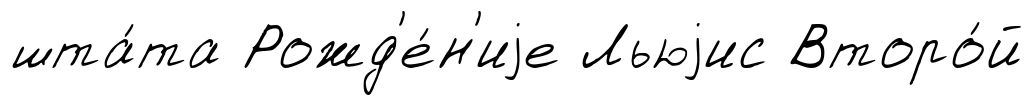
шта́та Рожд'е́н'иjе Льюjис Второ́й